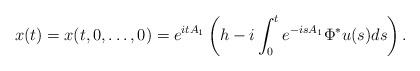
LaTeX: \begin{align*} x(t) = x(t,0,\ldots,0) = e^{ i t A_1} \left( h - i \int_0^t e^{-i s A_1} \Phi^* u(s) ds \right).\end{align*}